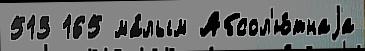
513 165 ма́лым Абсол'ю́тнаjа